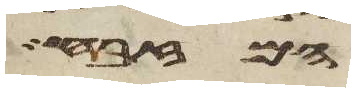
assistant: המזבח